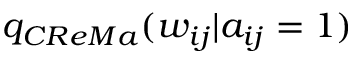
q _ { C R e M a } ( w _ { i j } | a _ { i j } = 1 )